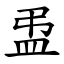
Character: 盄